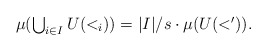
\begin{align*}\textstyle\mu(\bigcup_{i\in I}U(<_i))=|I|/s\cdot\mu(U(<')). \end{align*}